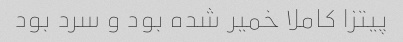
پیتزا کاملا خمیر شده بود و سرد بود